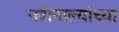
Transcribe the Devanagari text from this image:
नदीनाल्यांच्या